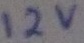
Text: 12V